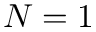
N = 1